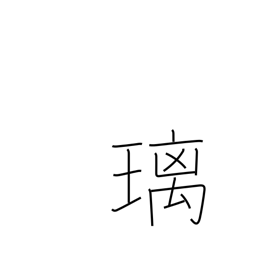
Meaning: lapis lazuli